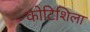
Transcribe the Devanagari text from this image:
कोटिशिला